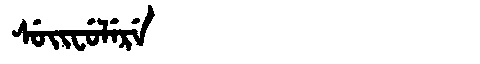
Manchu: ᠰᡠᡳᠸᡠᠯᡝᡵᡝ
Romanization: SUIFULERE